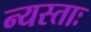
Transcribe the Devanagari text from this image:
न्यस्ताः